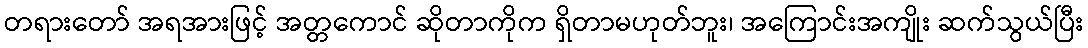
တရားတော် အရအားဖြင့် အတ္တကောင် ဆိုတာကိုက ရှိတာမဟုတ်ဘူး၊ အကြောင်းအကျိုး ဆက်သွယ်ပြီး